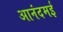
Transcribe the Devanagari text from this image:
आनंदमई